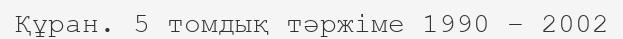
Құран. 5 томдық тәржіме 1990 – 2002